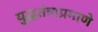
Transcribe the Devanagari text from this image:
युद्धतंत्राप्रमाणे